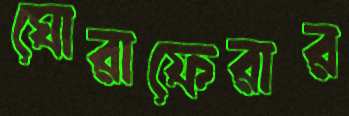
ঘোরাফেরার